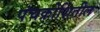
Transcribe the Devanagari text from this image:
पंचक्रोशितील